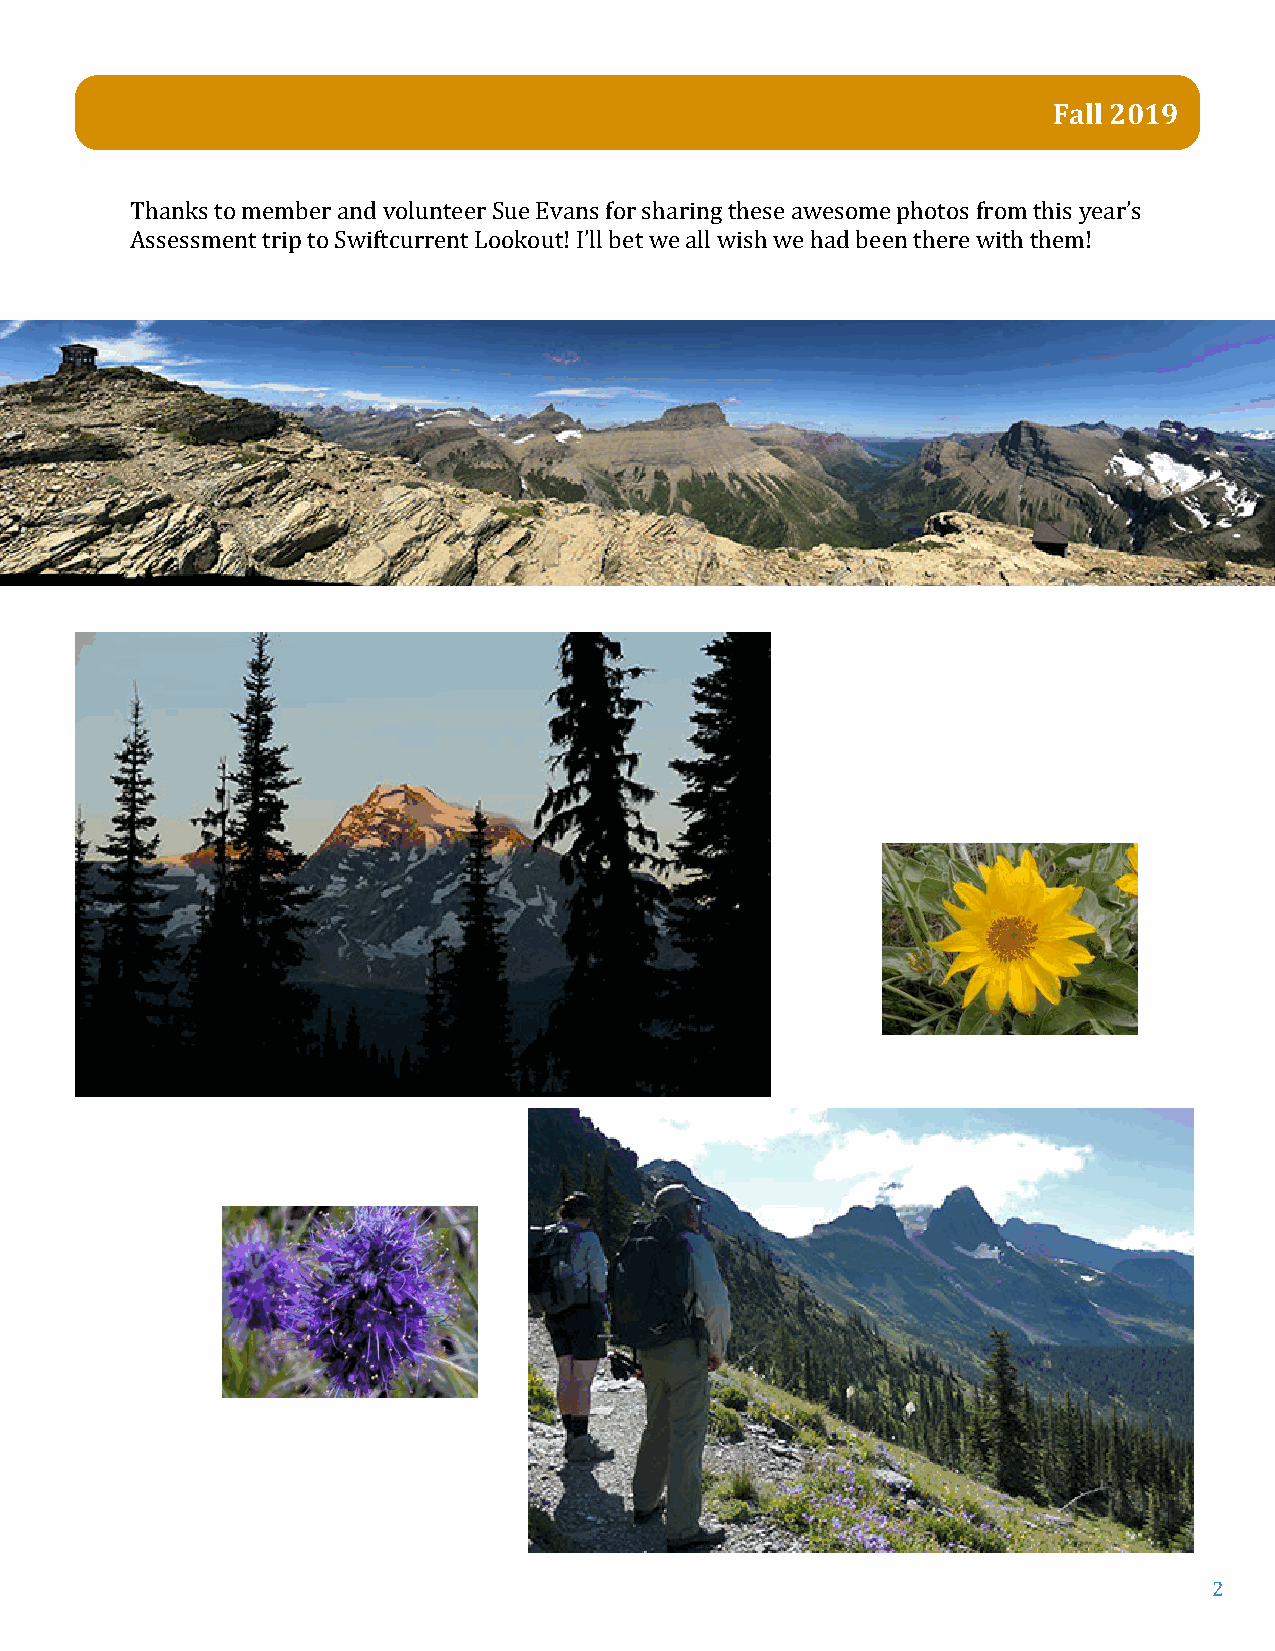
Fall 2019
 Thanks to member and volunteer Sue Evans for sharing these awesome photos from this year’s
 Assessment trip to Swiftcurrent Lookout! I’ll bet we all wish we had been there with them!
 2